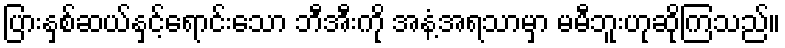
ပြားနှစ်ဆယ်နှင့်ရောင်းသော ဘီအီးကို အနံ့အရသာမှာ မမီဘူးဟုဆိုကြသည်။